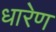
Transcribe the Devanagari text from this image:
धारेण